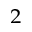
_ 2